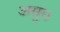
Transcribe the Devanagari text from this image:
असुर।